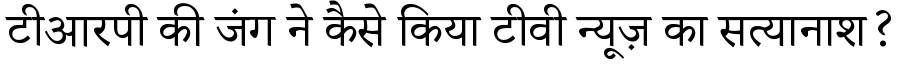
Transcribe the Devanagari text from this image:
टीआरपी की जंग ने कैसे किया टीवी न्यूज़ का सत्यानाश?